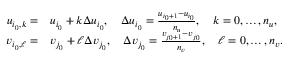
\begin{array} { r l } { u _ { i _ { 0 } , k } = } & { u _ { i _ { 0 } } + k \Delta u _ { i _ { 0 } } , \quad \Delta u _ { i _ { 0 } } = \frac { u _ { i _ { 0 } + 1 } - u _ { i _ { 0 } } } { n _ { u } } , \quad k = 0 , \ldots , n _ { u } , } \\ { v _ { i _ { 0 } , \ell } = } & { v _ { j _ { 0 } } + \ell \Delta v _ { j _ { 0 } } , \quad \Delta v _ { j _ { 0 } } = \frac { v _ { j _ { 0 } + 1 } - v _ { j _ { 0 } } } { n _ { v } } , \quad \ell = 0 , \ldots , n _ { v } . } \end{array}